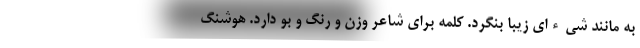
به مانند شیء‌ای زیبا بنگرد. کلمه برای شاعر وزن و رنگ و بو دارد. هوشنگ